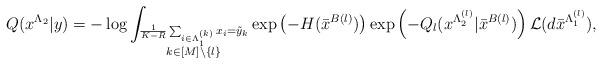
LaTeX: \begin{align*}Q(x^{\Lambda_2} | y) = - \log \int_{\substack{ \frac{1}{K-R} \sum_{i \in \Lambda_1 ^{(k)}} x_i = \tilde{y}_k \\ k \in [M] \setminus \{l \} }}\exp\left(-H(\bar{x}^{B(l)})\right)\exp \left( - Q_l (x^{\Lambda_2 ^{(l)}} | \bar{x}^{B(l)} ) \right) \mathcal{L}(d \bar{x}^{\Lambda_1^{(l)}}),\end{align*}